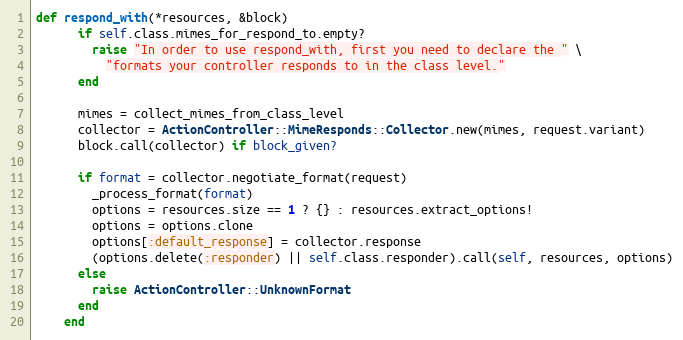
Language: Ruby
def respond_with(*resources, &block)
      if self.class.mimes_for_respond_to.empty?
        raise "In order to use respond_with, first you need to declare the " \
          "formats your controller responds to in the class level."
      end

      mimes = collect_mimes_from_class_level
      collector = ActionController::MimeResponds::Collector.new(mimes, request.variant)
      block.call(collector) if block_given?

      if format = collector.negotiate_format(request)
        _process_format(format)
        options = resources.size == 1 ? {} : resources.extract_options!
        options = options.clone
        options[:default_response] = collector.response
        (options.delete(:responder) || self.class.responder).call(self, resources, options)
      else
        raise ActionController::UnknownFormat
      end
    end